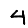
Digit: 4